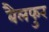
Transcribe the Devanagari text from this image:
बैलफुर